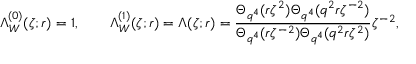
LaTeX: \Lambda _ { W } ^ { ( 0 ) } ( \zeta ; r ) = 1 , \qquad \Lambda _ { W } ^ { ( 1 ) } ( \zeta ; r ) = \Lambda ( \zeta ; r ) = \frac { \Theta _ { q ^ { 4 } } ( r \zeta ^ { 2 } ) \Theta _ { q ^ { 4 } } ( q ^ { 2 } r \zeta ^ { - 2 } ) } { \Theta _ { q ^ { 4 } } ( r \zeta ^ { - 2 } ) \Theta _ { q ^ { 4 } } ( q ^ { 2 } r \zeta ^ { 2 } ) } \zeta ^ { - 2 } ,